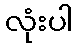
လုံးပါ